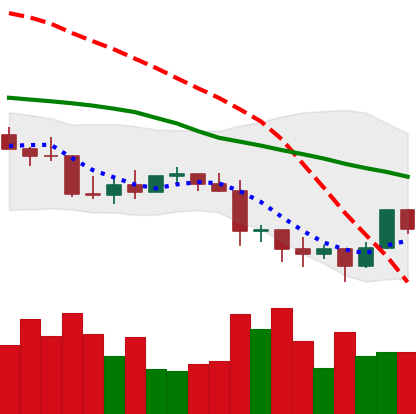
Ticker: LTC-USD
Chart end date: 2022-01-13
Forward return: 3.845%
Label: up_3_5